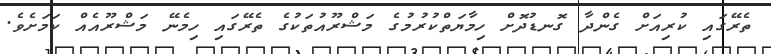
ތެރޭގައި ކުރިއަށް ގެންދާ ގޮނޑުދޮށް ހިމާޔަތްކުރުމުގެ މަޝްރޫއުތަކުގެ ތެރޭގައި ހިމެނޭ މަޝްރޫއެއް ކަމަށެވެ.